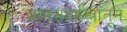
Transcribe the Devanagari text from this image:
मानसशास्त्रातून